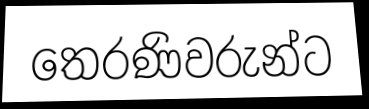
තෙරණිවරුන්ට